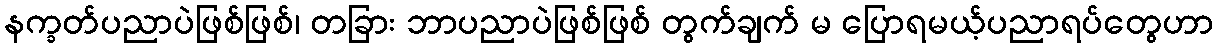
နက္ခတ်ပညာပဲဖြစ်ဖြစ်၊ တခြား ဘာပညာပဲဖြစ်ဖြစ် တွက်ချက် မ ပြောရမယ့်ပညာရပ်တွေဟာ